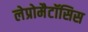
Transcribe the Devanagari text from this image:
लेप्रोमैटॉसिस